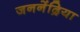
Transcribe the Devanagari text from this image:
जननेंद्रिया